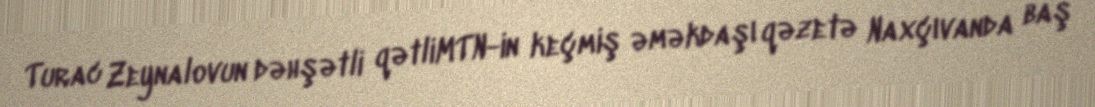
Turac Zeynalovun dəhşətli qətliMTN-in keçmiş əməkdaşı qəzetə Naxçıvanda baş